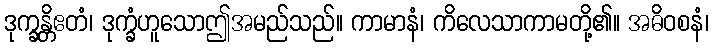
ဒုက္ခန္တိဧတံ၊ ဒုက္ခံဟူသောဤအမည်သည်။ ကာမာနံ၊ ကိလေသာကာမတို့၏။ အဓိဝစနံ၊